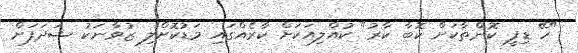
"ހޭ ޑިފީ ކޮންތާކަށް ކޮބާ ކާރު" ކުއްލިއަކަށް ކާރެއްގައި މަޑުކޮށްލި ޒުވާނަކު ޝަދަފަށް